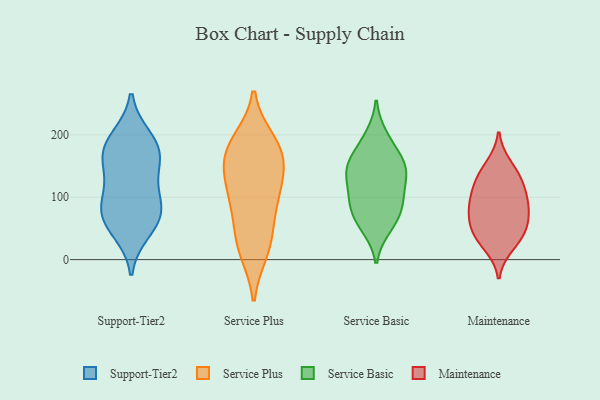
{"axis": {"x": "Waste Production (Tons)", "y": "Value"}, "legend": ["Maintenance", "Service Basic", "Service Plus", "Support-Tier2"], "data": [{"x": "", "y": 190, "type": "Support-Tier2"}, {"x": "", "y": 167, "type": "Support-Tier2"}, {"x": "", "y": 161, "type": "Support-Tier2"}, {"x": "", "y": 79, "type": "Support-Tier2"}, {"x": "", "y": 132, "type": "Support-Tier2"}, {"x": "", "y": 73, "type": "Support-Tier2"}, {"x": "", "y": 58, "type": "Support-Tier2"}, {"x": "", "y": 103, "type": "Support-Tier2"}, {"x": "", "y": 168, "type": "Support-Tier2"}, {"x": "", "y": 196, "type": "Support-Tier2"}, {"x": "", "y": 85, "type": "Support-Tier2"}, {"x": "", "y": 45, "type": "Support-Tier2"}, {"x": "", "y": 178, "type": "Service Plus"}, {"x": "", "y": 136, "type": "Service Plus"}, {"x": "", "y": 15, "type": "Service Plus"}, {"x": "", "y": 106, "type": "Service Plus"}, {"x": "", "y": 189, "type": "Service Plus"}, {"x": "", "y": 98, "type": "Service Plus"}, {"x": "", "y": 163, "type": "Service Plus"}, {"x": "", "y": 179, "type": "Service Plus"}, {"x": "", "y": 22, "type": "Service Plus"}, {"x": "", "y": 40, "type": "Service Plus"}, {"x": "", "y": 86, "type": "Service Plus"}, {"x": "", "y": 148, "type": "Service Plus"}, {"x": "", "y": 104, "type": "Service Basic"}, {"x": "", "y": 115, "type": "Service Basic"}, {"x": "", "y": 52, "type": "Service Basic"}, {"x": "", "y": 158, "type": "Service Basic"}, {"x": "", "y": 93, "type": "Service Basic"}, {"x": "", "y": 198, "type": "Service Basic"}, {"x": "", "y": 57, "type": "Service Basic"}, {"x": "", "y": 81, "type": "Service Basic"}, {"x": "", "y": 78, "type": "Service Basic"}, {"x": "", "y": 147, "type": "Service Basic"}, {"x": "", "y": 184, "type": "Service Basic"}, {"x": "", "y": 144, "type": "Service Basic"}, {"x": "", "y": 143, "type": "Service Basic"}, {"x": "", "y": 144, "type": "Service Basic"}, {"x": "", "y": 23, "type": "Maintenance"}, {"x": "", "y": 39, "type": "Maintenance"}, {"x": "", "y": 91, "type": "Maintenance"}, {"x": "", "y": 119, "type": "Maintenance"}, {"x": "", "y": 52, "type": "Maintenance"}, {"x": "", "y": 84, "type": "Maintenance"}, {"x": "", "y": 85, "type": "Maintenance"}, {"x": "", "y": 119, "type": "Maintenance"}, {"x": "", "y": 151, "type": "Maintenance"}, {"x": "", "y": 69, "type": "Maintenance"}, {"x": "", "y": 135, "type": "Maintenance"}, {"x": "", "y": 41, "type": "Maintenance"}]}